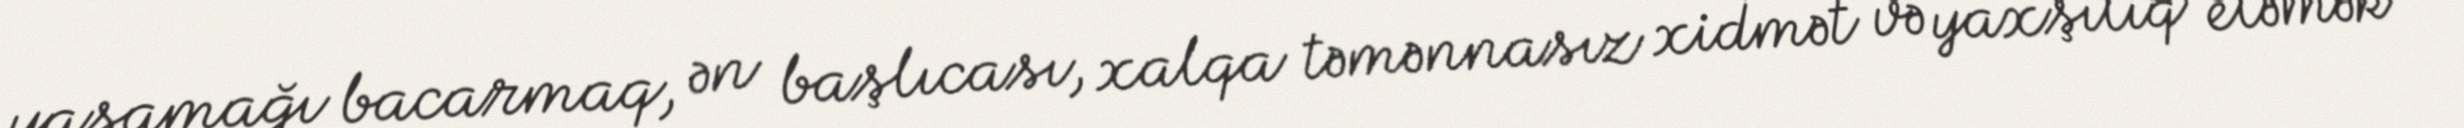
yaşamağı bacarmaq, ən başlıcası, xalqa təmənnasız xidmət və yaxşılıq eləmək